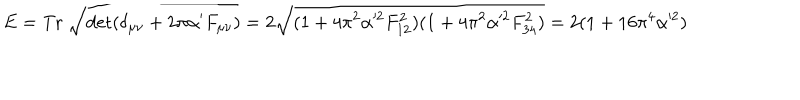
LaTeX: E = \mathrm { T r } \; \sqrt { \det ( \delta _ { \mu \nu } + 2 \pi \alpha ^ { \prime } F _ { \mu \nu } ) } = 2 \sqrt { ( 1 + 4 \pi ^ { 2 } \alpha ^ { 2 } F _ { 1 2 } ^ { 2 } ) ( 1 + 4 \pi ^ { 2 } \alpha ^ { 2 } F _ { 3 4 } ^ { 2 } ) } = 2 ( 1 + 1 6 \pi ^ { 4 } \alpha ^ { 2 } )